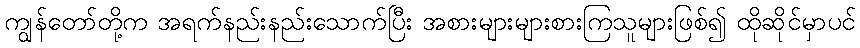
ကျွန်တော်တို့က အရက်နည်းနည်းသောက်ပြီး အစားများများစားကြသူများဖြစ်၍ ထိုဆိုင်မှာပင်